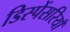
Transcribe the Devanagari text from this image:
डिस्पेंसरियाँ